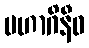
မဟာဂိနီဝ